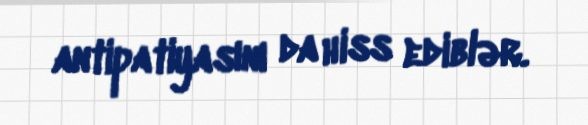
antipatiyasını da hiss ediblər.